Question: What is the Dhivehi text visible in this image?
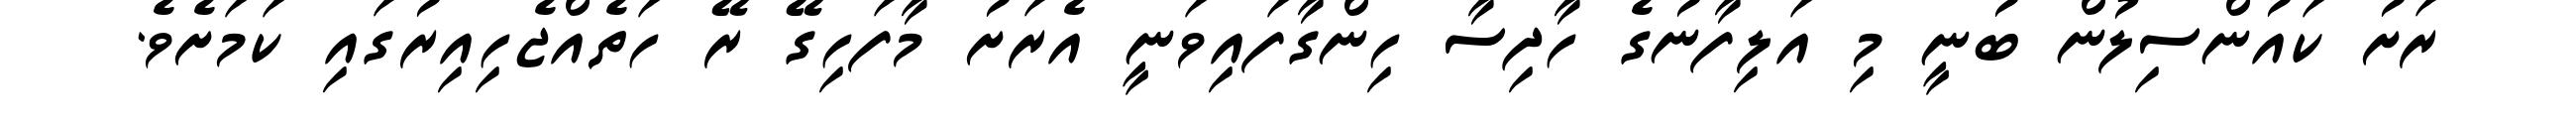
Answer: ރަށު ކައުންސިލުން ބުނީ މި އަލިފާނުގެ ހާދިސާ ހިންގާފައިވަނީ އެރަށު މާފަހިގޭ ރޭ ހަތެއްޖެހިއިރުގައި ކަމަށެވެ.